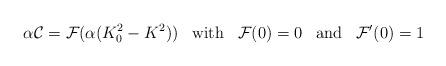
LaTeX: \begin{align*}\alpha {\cal C} = {\cal F}(\alpha (K_0^2 - K^2)) \; \; \; {\rm with} \; \; \; {\cal F}(0) = 0 \; \; \; {\rm and} \; \; \; {\cal F}'(0) = 1\end{align*}